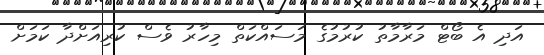
އަދި އެ ބޯޓް މަރާމާތު ކުރުމުގެ މަސައްކަތް މިހާރު ވެސް ކުރިއަށްދާ ކަމަށް